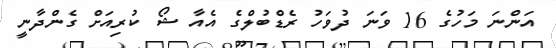
އަންނަ މަހުގެ 16 ވަނަ ދުވަހު ރެޑްބުލްގެ އެއާ ޝޯ ކުރިއަށް ގެންދާނީ